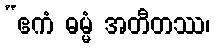
“ဧကံ ဓမ္မံ အတီတဿ၊